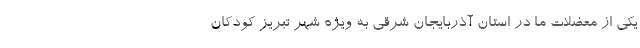
یکی از معضلات ما در استان آذربایجان شرقی به ویژه شهر تبریز کودکان